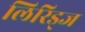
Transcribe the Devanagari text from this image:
लिरिड्ज